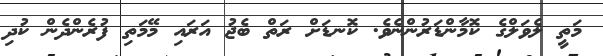
މަތީ ލެވަލްގެ ކޮމާންޑަރުންނެވެ. ކޮނޑަށް ރަތް ބެޖު އަރައި މޭމަތި ފުރެންދެން ކުދި